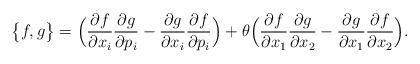
LaTeX: \begin{align*}\big\{f, g\big\}= \Big(\frac{\partial f}{\partial x_{i}}\frac{\partial g}{\partial p_{i}} - \frac{\partial g}{\partial x_{i}}\frac{\partial f}{\partial p_{i}}\Big) + \theta\Big( \frac{\partial f}{\partial x_{1}}\frac{\partial g}{\partial x_{2}} - \frac{\partial g}{\partial x_{1}}\frac{\partial f}{\partial x_{2}}\Big).\end{align*}